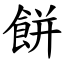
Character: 餅